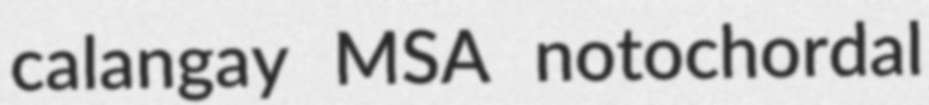
calangay MSA notochordal